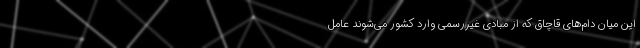
این میان دام‌های قاچاق که از مبادی غیررسمی وارد کشور می‌شوند عامل